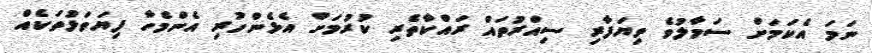
ނަމަ އެކަމަށް ސަމާލުވެ ވިޔަފާރި ސިއްރުތައް ރައްކާތެރި ކުރުމަށް އެޅެންހުރި އެންމެހާ ފިޔަވަޅުތަކެއް